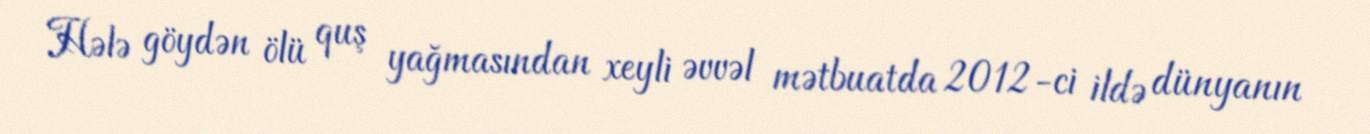
Hələ göydən ölü quş yağmasından xeyli əvvəl mətbuatda 2012-ci ildə dünyanın